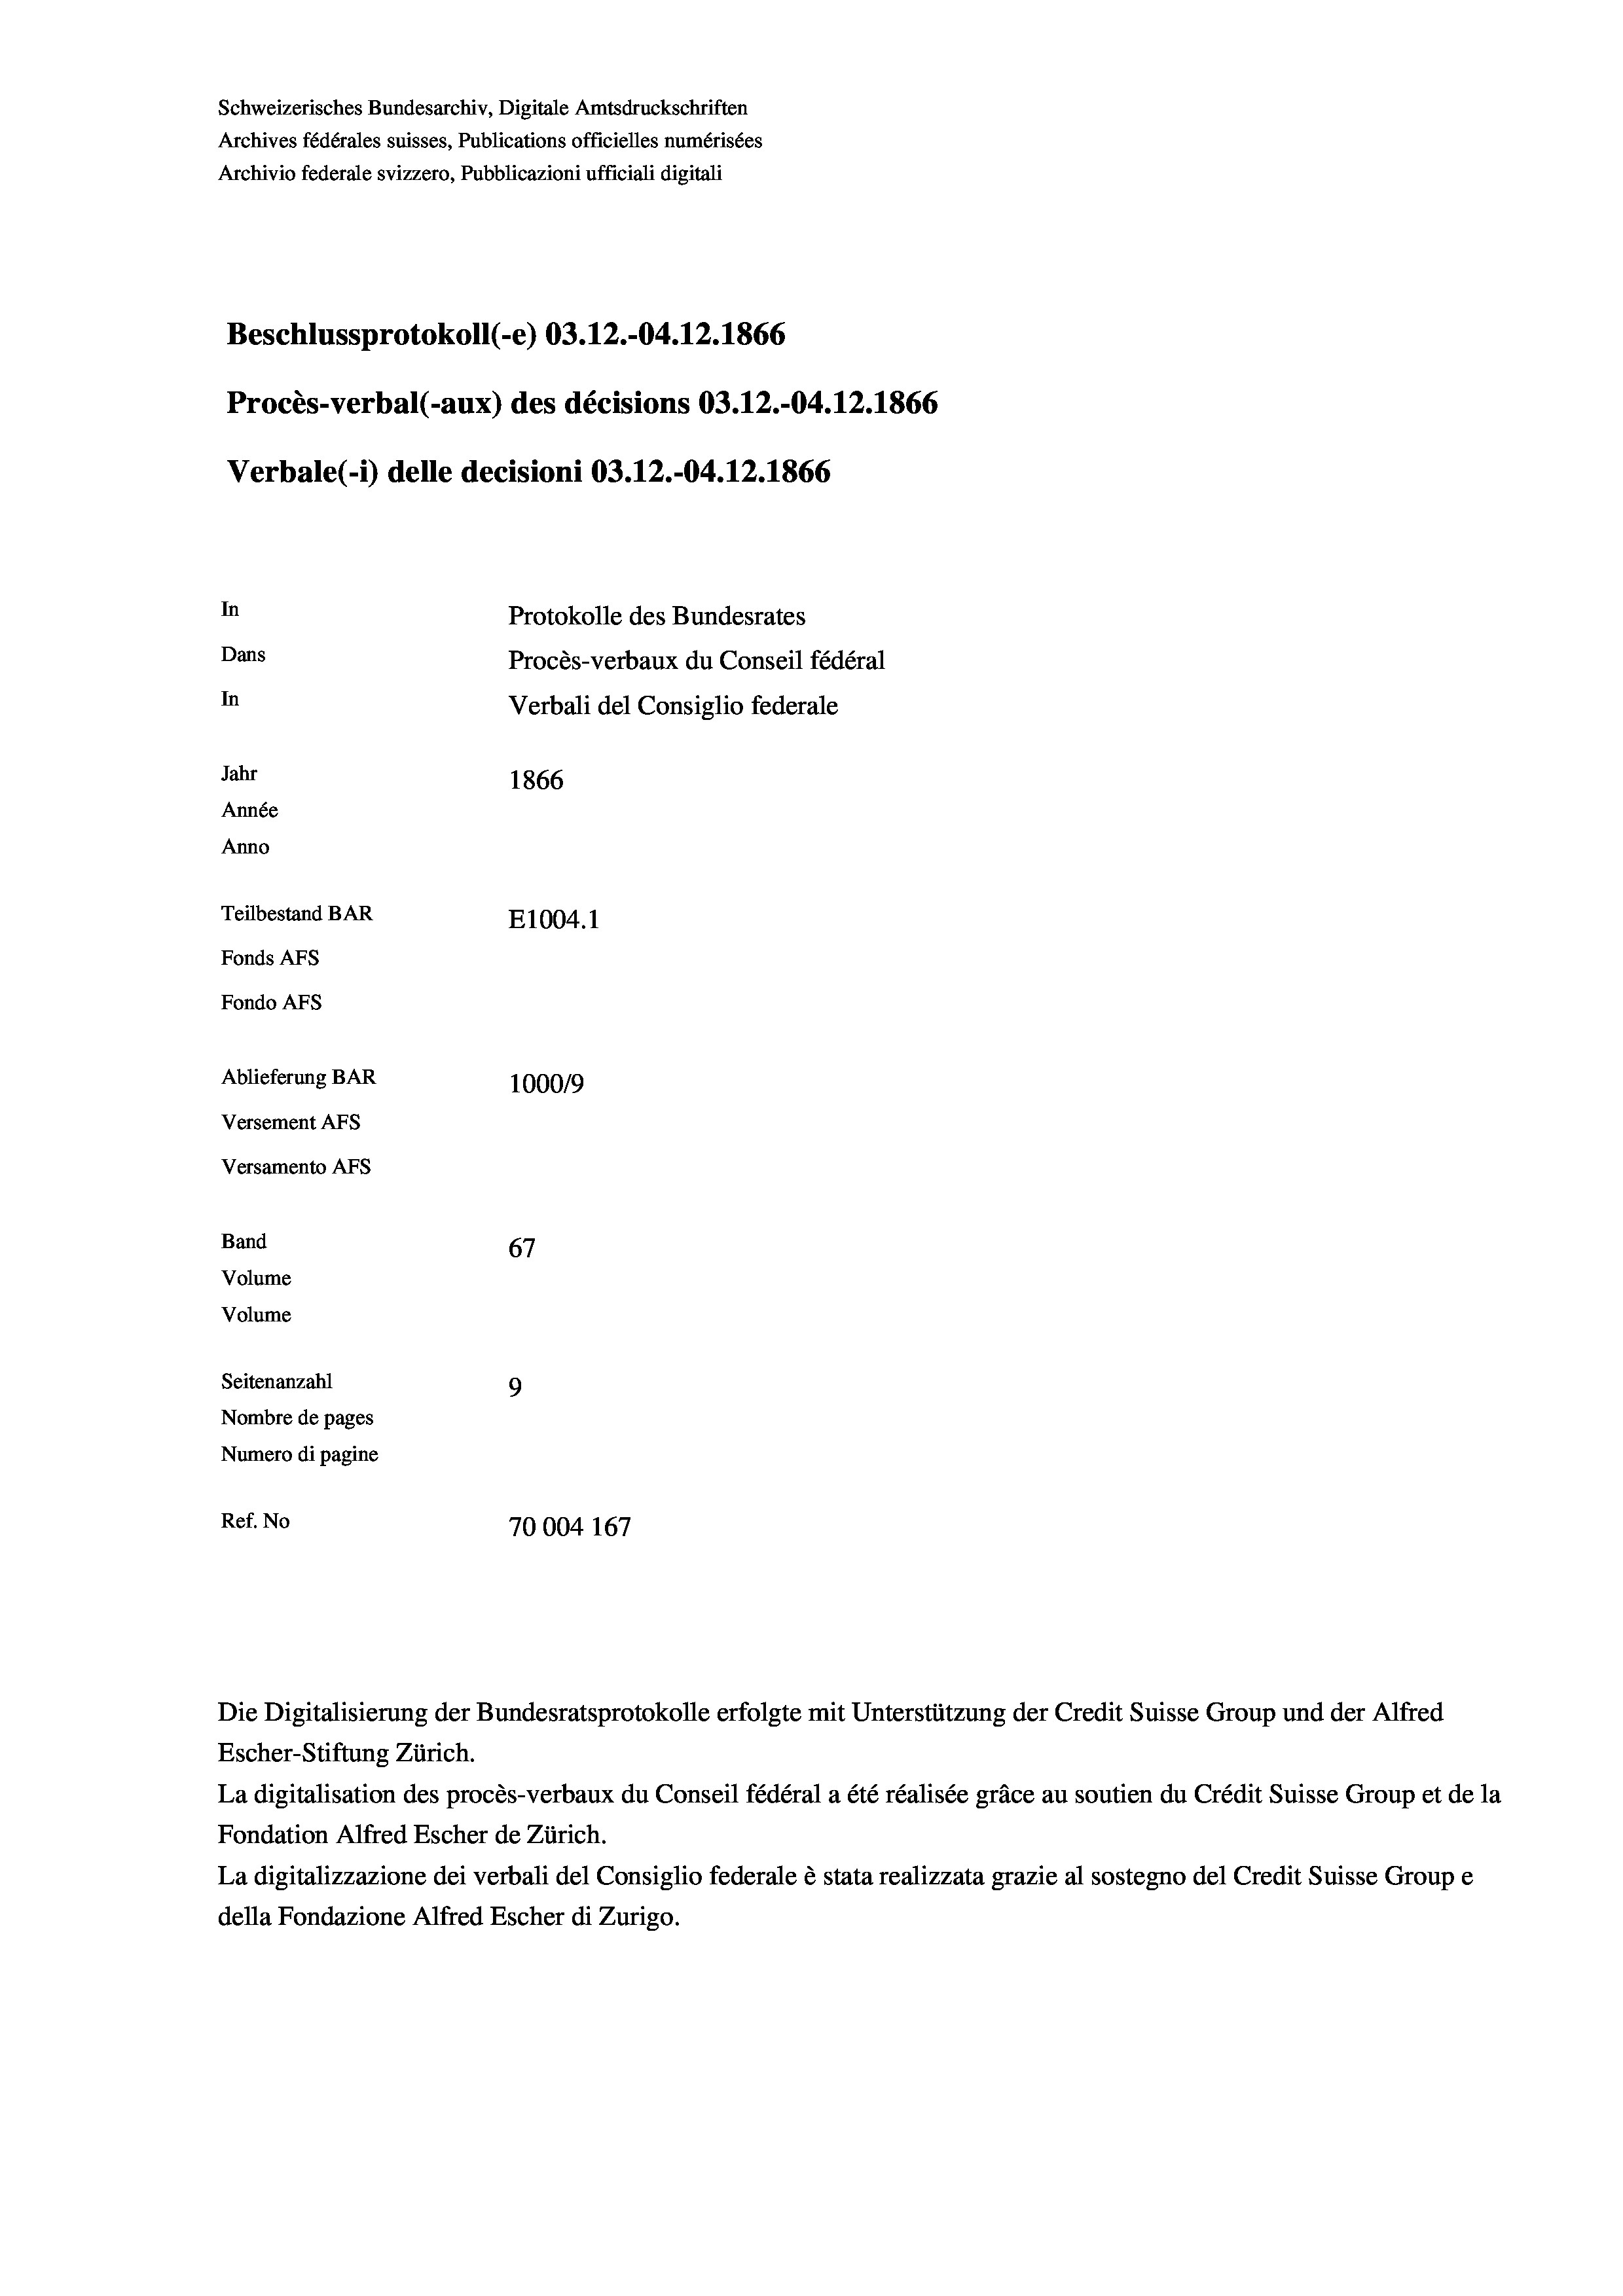
Schweizerisches Bundesarchiv, Digitale Amtsdruckschriften
Archives fédérales suisses, Publications officielles numérisées
Archivio federale svizzero, Pubblicazioni ufficiali digitali
Beschlussprotokoll (-e) 03.12.-04.12.1866
Procès-verbal (-aux) des décisions 03.12.-04.12.1866
Verbale (i) delle decisioni 03.12.-04.12.1866
In
Protokolle des Bundesrates
Dans
Procès-verbaux du Conseil fédéral
In
Verbali del Consiglio federale
Jahr
1866
Année
Anno
Teilbestand BAR
E1004.1
Fonds AFs
Fondo Afs
Ablieferung BAR
100019
Versement AFs
Versamento Afs
Band
67
Volume
Volume
Seitenanzahl
9

Nombre de pages
Numero di pagine
Ref. No
70004 167

Escher-Stiftung Zürich.

Die Digitalisierung der Bundesratsprotokolle erfolgte mit Unterstützung der Credit Suisse Group und der Alfred

La digitalisation des procès-verbaux du Conseil fédéral a été réalisée gräce au soutien du Crédit Suisse Group et de la
Fondation Alfred Escher de Zürich.
La digitalizzazione dei verbali del Consiglio federale è stata realizzata grazie al sostegno del Credit Suisse Groupe
della Fondazione Alfred Escher di Zurigo.